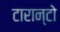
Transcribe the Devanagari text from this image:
टारान्टो